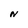
Character: N